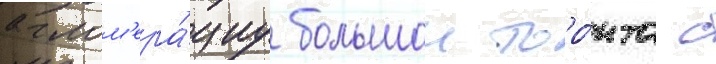
аглом'ера́циу большои торо́нто с